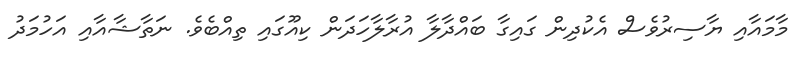
މާމައާއި ޔާސިރުވެސް އެކުދިން ގައިގާ ބައްދާލާ އުރާލާހަދަން ކިއޫގައި ތިއްބެވެ. ނަތާޝާއާއި އަހުމަދު